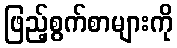
ဖြည့်စွက်စာများကို